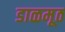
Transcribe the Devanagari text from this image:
डाळमूठ